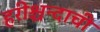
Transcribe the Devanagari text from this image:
हरीश्चन्दाची